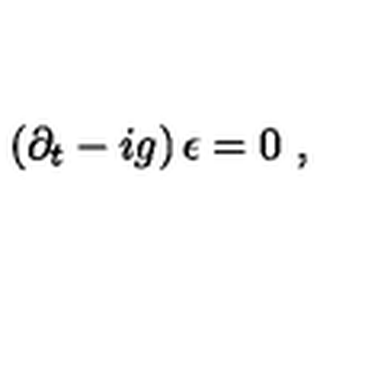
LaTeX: \left( \partial _ { t } - i g \right) \epsilon = 0 \ ,